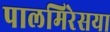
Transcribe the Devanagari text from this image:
पालमिरेसया